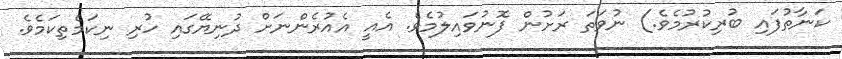
ކަނާތުފައި ބުރިކުރުމެވެ.) ނުވަތަ ރަށުން ފޮނުވައިލުމެވެ. އެއީ އެއުރެންނަށް ދުނިޔޭގައި ހުރި ނިކަމެތިކަމެވެ.